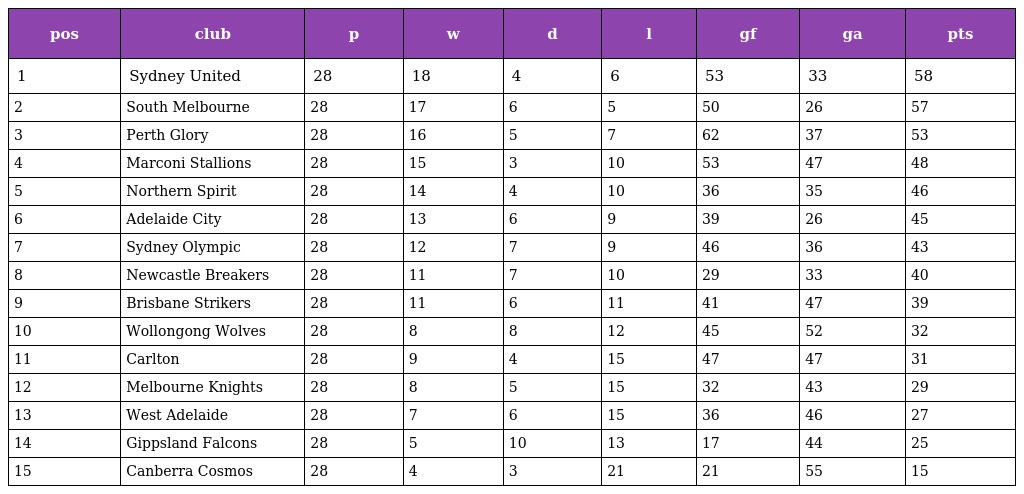
| pos | club | p | w | d | l | gf | ga | pts |
 | --- | --- | --- | --- | --- | --- | --- | --- | --- |
 | 1 | Sydney United | 28 | 18 | 4 | 6 | 53 | 33 | 58 |
 | 2 | South Melbourne | 28 | 17 | 6 | 5 | 50 | 26 | 57 |
 | 3 | Perth Glory | 28 | 16 | 5 | 7 | 62 | 37 | 53 |
 | 4 | Marconi Stallions | 28 | 15 | 3 | 10 | 53 | 47 | 48 |
 | 5 | Northern Spirit | 28 | 14 | 4 | 10 | 36 | 35 | 46 |
 | 6 | Adelaide City | 28 | 13 | 6 | 9 | 39 | 26 | 45 |
 | 7 | Sydney Olympic | 28 | 12 | 7 | 9 | 46 | 36 | 43 |
 | 8 | Newcastle Breakers | 28 | 11 | 7 | 10 | 29 | 33 | 40 |
 | 9 | Brisbane Strikers | 28 | 11 | 6 | 11 | 41 | 47 | 39 |
 | 10 | Wollongong Wolves | 28 | 8 | 8 | 12 | 45 | 52 | 32 |
 | 11 | Carlton | 28 | 9 | 4 | 15 | 47 | 47 | 31 |
 | 12 | Melbourne Knights | 28 | 8 | 5 | 15 | 32 | 43 | 29 |
 | 13 | West Adelaide | 28 | 7 | 6 | 15 | 36 | 46 | 27 |
 | 14 | Gippsland Falcons | 28 | 5 | 10 | 13 | 17 | 44 | 25 |
 | 15 | Canberra Cosmos | 28 | 4 | 3 | 21 | 21 | 55 | 15 |